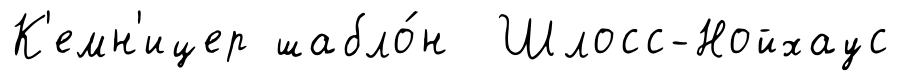
К'емн'ицер шабло́н Шлосс-Нойхаус